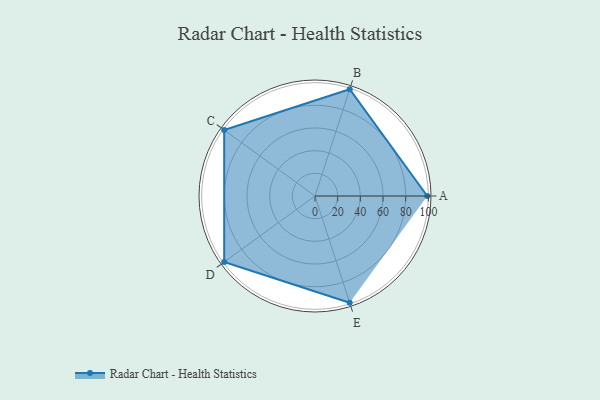
{"axis": {"x": "Skill", "y": "Score"}, "legend": ["Profile"], "data": [{"x": "A", "y": 99, "type": "Profile"}, {"x": "B", "y": 99, "type": "Profile"}, {"x": "C", "y": 99, "type": "Profile"}, {"x": "D", "y": 99, "type": "Profile"}, {"x": "E", "y": 99, "type": "Profile"}]}